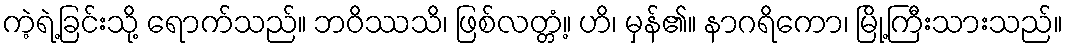
ကဲ့ရဲ့ခြင်းသို့ ရောက်သည်။ ဘဝိဿသိ၊ ဖြစ်လတ္တံ့။ ဟိ၊ မှန်၏။ နာဂရိကော၊ မြို့ကြီးသားသည်။